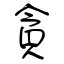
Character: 貪